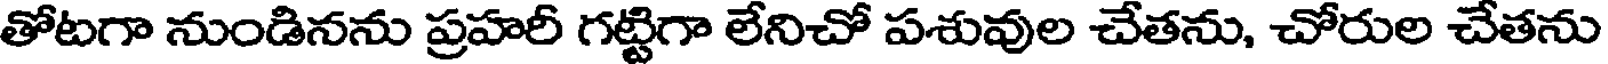
తోటగా నుండినను ప్రహరీ గట్టిగా లేనిచో పశువుల చేతను, చోరుల చేతను